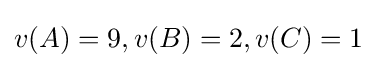
v(A)=9,v(B)=2,v(C)=1